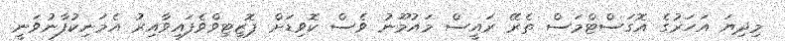
މިދިޔަ އަހަރުގެ އޮގަސްޓްމަސް ތެރޭ ރައީސް މައުމޫނު ވެސް ކޮވިޑަށް ޕޮޒިޓިވްވެފައިވާއިރު އެމަނިކުފާނުވަނީ